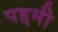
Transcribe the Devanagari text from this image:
पद्दमी